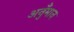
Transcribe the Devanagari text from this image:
अनुँमान